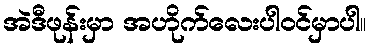
အဲဒီဖုန်းမှာ အဟိုက်လေးပါဝင်မှာပါ။